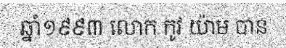
ឆ្នាំ១៩៩៣ លោក កូវ យ៉ាម បាន